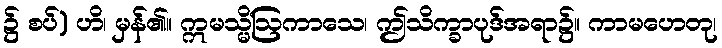
၌ စပ်) ဟိ၊ မှန်၏။ ဣမသ္မိံဩကာသေ၊ ဤသိက္ခာပုဒ်အရာ၌။ ကာမဟေတု၊